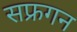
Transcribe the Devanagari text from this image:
सफ्रगन